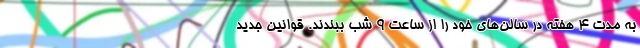
به مدت 4 هفته درِ سالن‌های خود را از ساعت 9 شب ببندند. قوانین جدید